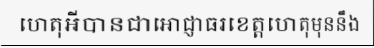
ហេតុអីបានជាអោជ្ញាធរខេត្តហេតុមុននឹង